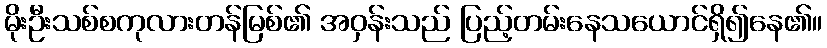
မိုးဦးသစ်စကုလားတန်မြစ်၏ အဝှန်းသည် ပြည့်တမ်းနေသယောင်ရှိ၍နေ၏။